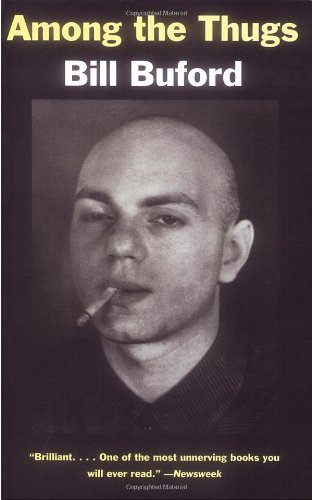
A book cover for Among the Thugs; Bill Buford; Law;